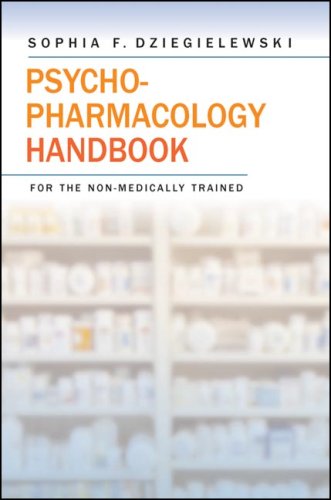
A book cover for Psychopharmacology Handbook for the Non-Medically Trained; Sophia F. Dziegielewski; Medical Books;